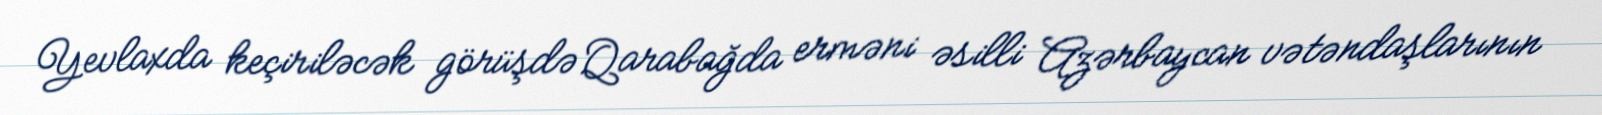
Yevlaxda keçiriləcək görüşdə Qarabağda erməni əsilli Azərbaycan vətəndaşlarının